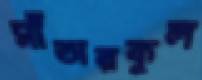
সাঁতারকূল